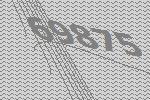
69875